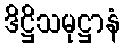
ဒိဋ္ဌိသမုဋ္ဌာနံ